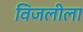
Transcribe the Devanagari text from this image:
विजलीला